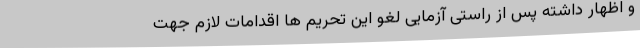
و اظهار داشته پس از راستی آزمایی لغو این تحریم ها اقدامات لازم جهت